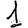
Digit: 1